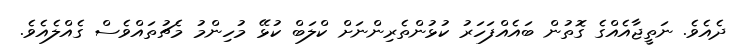
ދެއެވެ. ނަތީޖާއެއްގެ ގޮތުން ބައެއްފަހަރު ކުޅުންތެރިންނަށް ކްލަބް ކުޅޭ މުހިންމު މެޗުތައްވެސް ގެއްލެއެވެ.